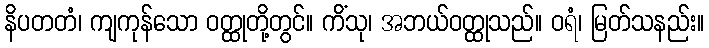
နိပတတံ၊ ကျကုန်သော ဝတ္ထုတို့တွင်။ ကိံသု၊ အဘယ်ဝတ္ထုသည်။ ဝရံ၊ မြတ်သနည်း။